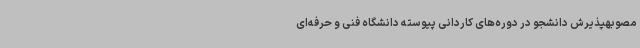
مصوبهپذیرش دانشجو در دوره‌های کاردانی پیوسته دانشگاه فنی و حرفه‌ای